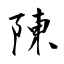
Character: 陳